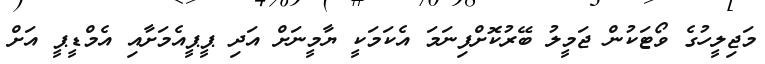
މަޖިލީހުގެ ވޯޓަކުން ޖަމީލު ބޭރުކޮށްފިނަމަ އެކަމަކީ ޔާމީނަށް އަދި ޕީޕީއެމަށާއި އެމްޑީޕީ އަށް